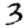
Digit: 3